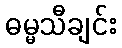
ဓမ္မသီချင်း